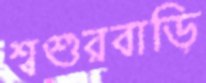
শ্বশুরবাড়ি